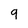
Character: 9